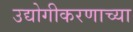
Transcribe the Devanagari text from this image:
उद्योगीकरणाच्या